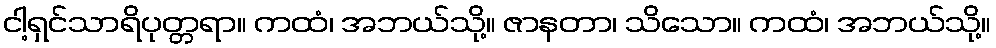
ငါ့ရှင်သာရိပုတ္တရာ။ ကထံ၊ အဘယ်သို့။ ဇာနတာ၊ သိသော။ ကထံ၊ အဘယ်သို့။